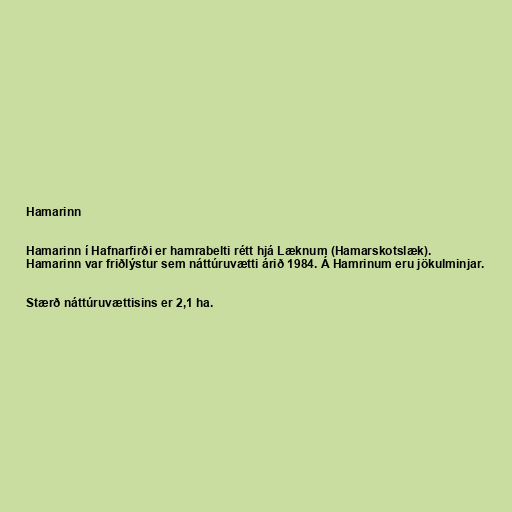
Hamarinn

Hamarinn í Hafnarfirði er hamrabelti rétt hjá Læknum (Hamarskotslæk).
Hamarinn var friðlýstur sem náttúruvætti árið 1984. Á Hamrinum eru jökulminjar.

Stærð náttúruvættisins er 2,1 ha.